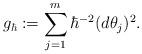
LaTeX: \begin{align*}g_\hbar:=\sum_{j=1}^m \hbar^{-2}(d\theta_j)^2.\end{align*}